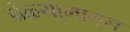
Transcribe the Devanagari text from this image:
डोळ्यामागून